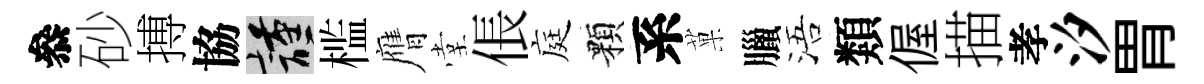
叅砂搏協謹槛膺堂倀庭顆系菓臘浯類偓描孝汐胃